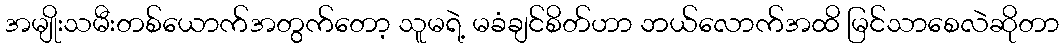
အမျိုးသမီးတစ်ယောက်အတွက်တော့ သူမရဲ့ မခံချင်စိတ်ဟာ ဘယ်လောက်အထိ မြင်သာစေလဲဆိုတာ